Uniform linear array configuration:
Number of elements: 64
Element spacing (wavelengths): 0.25
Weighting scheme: blackman
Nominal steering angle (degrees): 45
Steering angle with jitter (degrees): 46.166
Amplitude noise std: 0.05
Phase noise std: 0.05

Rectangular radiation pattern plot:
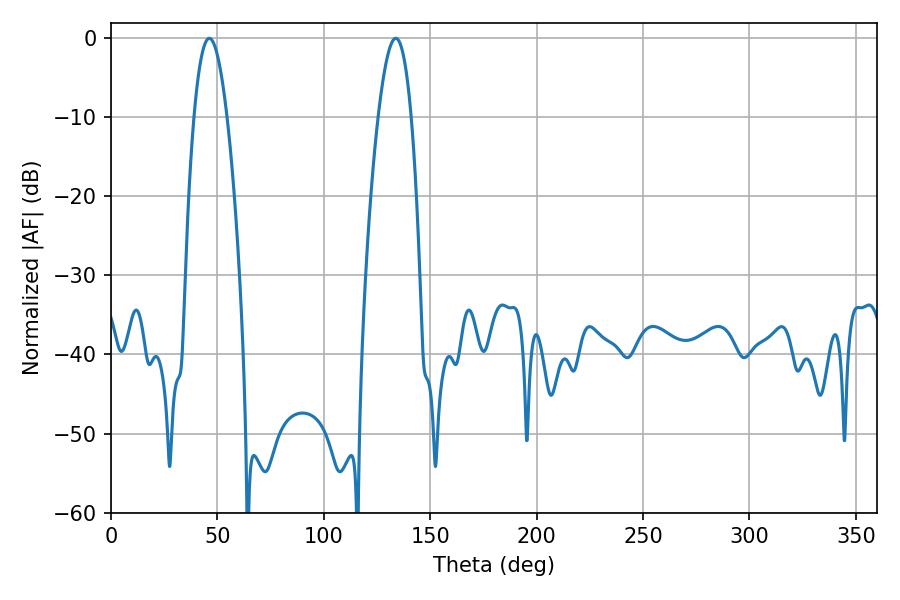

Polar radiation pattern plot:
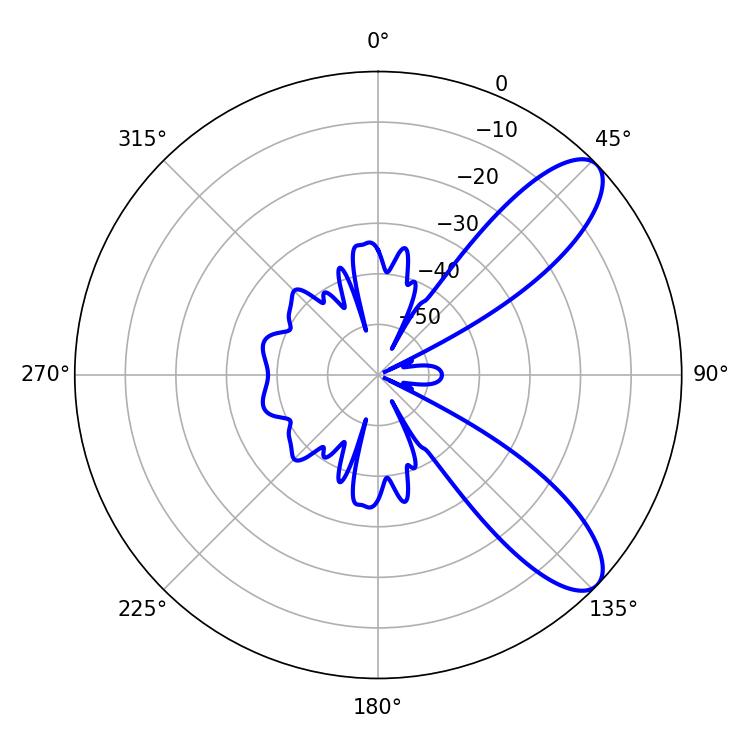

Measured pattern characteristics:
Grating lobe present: FALSE
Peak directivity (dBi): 9.364
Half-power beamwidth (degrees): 8.46
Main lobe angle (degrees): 46.26